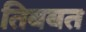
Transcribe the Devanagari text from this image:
तिबबत